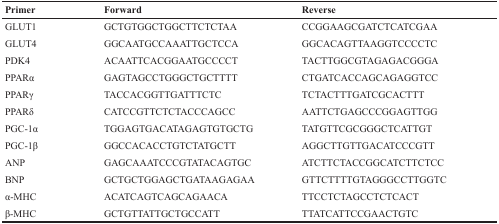
| Primer | Forward | Reverse |
 | --- | --- | --- |
 | GLUT1 | GCTGTGGCTGGCTTCTCTAA | CCGGAAGCGATCTCATCGAA |
 | GLUT4 | GGCAATGCCAAATTGCTCCA | GGCACAGTTAAGGTCCCCTC |
 | PDK4 | ACAATTCACGGAATGCCCCT | TACTTGGCGTAGAGACGGGA |
 | PPARα | GAGTAGCCTGGGCTGCTTTT | CTGATCACCAGCAGAGGTCC |
 | PPARγ | TACCACGGTTGATTTCTC | TCTACTTTGATCGCACTTT |
 | PPARδ | CATCCGTTCTCTACCCAGCC | AATTCTGAGCCCGGAGTTGG |
 | PGC-1α | TGGAGTGACATAGAGTGTGCTG | TATGTTCGCGGGCTCATTGT |
 | PGC-1β | GGCCACACCTGTCTATGCTT | AGGCTTGTTGACATCCCGTT |
 | ANP | GAGCAAATCCCGTATACAGTGC | ATCTTCTACCGGCATCTTCTCC |
 | BNP | GCTGCTGGAGCTGATAAGAGAA | GTTCTTTTGTAGGGCCTTGGTC |
 | α-MHC | ACATCAGTCAGCAGAACA | TTCCTCTAGCCTCTCACT |
 | β-MHC | GCTGTTATTGCTGCCATT | TTATCATTCCGAACTGTC |